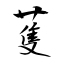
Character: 蒦